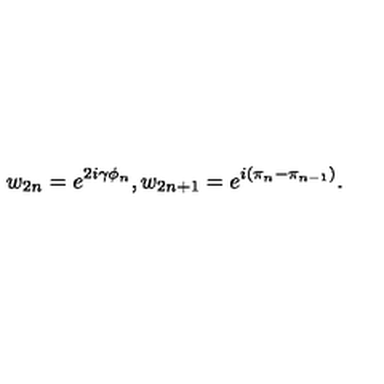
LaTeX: w _ { 2 n } = e ^ { 2 i \gamma \phi _ { n } } , w _ { 2 n + 1 } = e ^ { i ( \pi _ { n } - \pi _ { n - 1 } ) } .